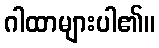
ဂါထာများပါ၏။